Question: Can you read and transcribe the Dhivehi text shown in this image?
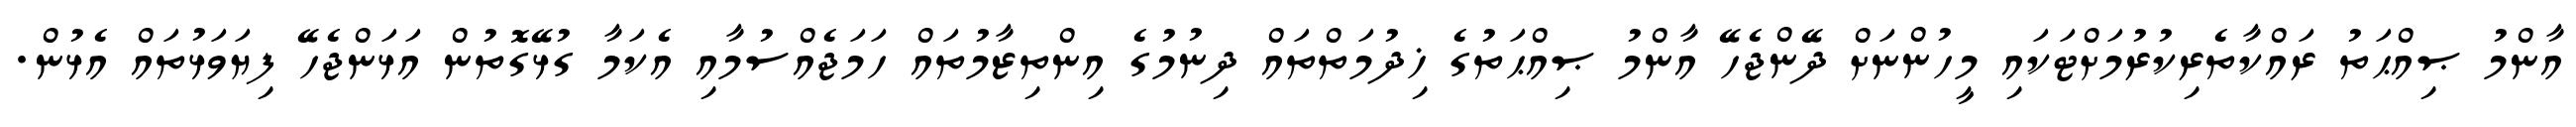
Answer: އާންމު ޞިއްޙަތު ރައްކާތެރިކުރުމަށްޓަކައި މީހުންނަށް ދޭންޖެހޭ އާންމު ޞިއްޙަތުގެ ޚިދުމަތްތައް ދިނުމުގެ އިންތިޒާމުތައް ހަމަޖެއްސުމާއި އެކަމާ ގުޅޭގޮތުން އަޅަންޖެހޭ ފިޔަވަޅުތައް އެޅުން.